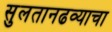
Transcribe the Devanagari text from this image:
सुलतानढव्याचा